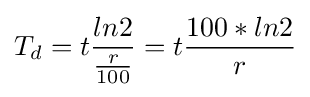
T_{d}=t{\frac {ln{2}}{\frac {r}{100}}}=t{\frac {100*ln{2}}{r}}